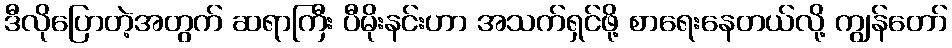
ဒီလိုပြောတဲ့အတွက် ဆရာကြီး ပီမိုးနင်းဟာ အသက်ရှင်ဖို့ စာရေးနေတယ်လို့ ကျွန်တော်